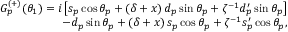
\begin{array} { r l r } & { } & { G _ { p } ^ { ( + ) } ( \theta _ { 1 } ) = i \left[ s _ { p } \cos \theta _ { p } + \left( \delta + x \right) d _ { p } \sin \theta _ { p } + \zeta ^ { - 1 } d _ { p } ^ { \prime } \sin \theta _ { p } \right] } \\ & { } & { - d _ { p } \sin \theta _ { p } + \left( \delta + x \right) s _ { p } \cos \theta _ { p } + \zeta ^ { - 1 } s _ { p } ^ { \prime } \cos \theta _ { p } , } \end{array}